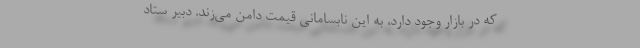
که در بازار وجود دارد، به این نابسامانی قیمت دامن می‌زند. دبیر ستاد